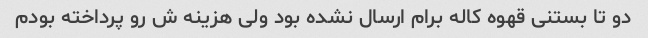
دو تا بستنی قهوه کاله برام ارسال نشده بود ولی هزینه ش رو پرداخته بودم